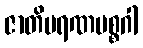
ဇာတိမရဏမစ္စဂါ